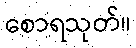
စောရသုတ်။